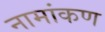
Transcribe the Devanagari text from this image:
नामांकण